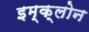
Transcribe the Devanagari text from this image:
इम्‍क्‍लोन